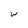
Character: w